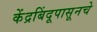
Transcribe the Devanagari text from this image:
केंद्रबिंदूपासूनचे